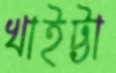
খাইট্টা